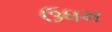
ઉધમ